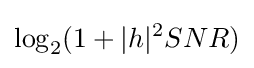
\log _{2}(1+|h|^{2}SNR)